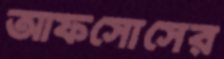
আফসোসের